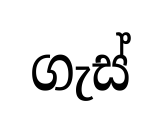
ගැස්